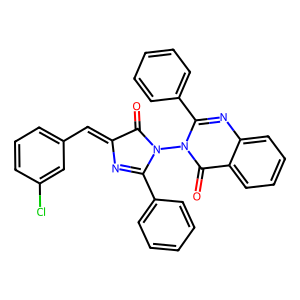
SMILES: O=C1C(=Cc2cccc(Cl)c2)N=C(c2ccccc2)N1n1c(-c2ccccc2)nc2ccccc2c1=O
Inhibits HIV replication: No